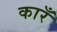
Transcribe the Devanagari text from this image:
कारँ